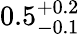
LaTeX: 0.5_{-0.1}^{+0.2}